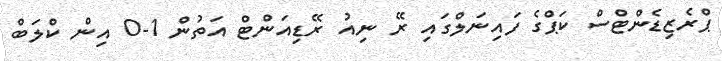
ޕްރެޒިޑެންޓްސް ކަޕްގެ ފައިނަލްގައި ރޭ ނިއު ރޭޑިއަންޓް އަތުން 1-0 އިން ކްލަބް